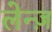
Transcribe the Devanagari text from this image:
लेन्ज़